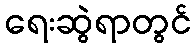
ရေးဆွဲရာတွင်